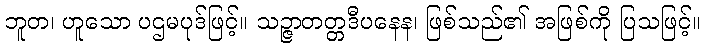
ဘူတ၊ ဟူသော ပဌမပုဒ်ဖြင့်။ သဉ္ဇာတတ္တဒီပနေန၊ ဖြစ်သည်၏ အဖြစ်ကို ပြသဖြင့်။